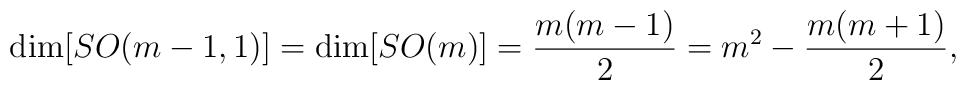
{\rm dim}[SO(m-1,1)] = {\rm dim}[SO(m)] = \frac{m(m-1)}{2} = m^{2} - \frac{m(m+1)}{2},